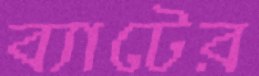
ব্যাটের